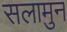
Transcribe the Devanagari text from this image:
सलामुन